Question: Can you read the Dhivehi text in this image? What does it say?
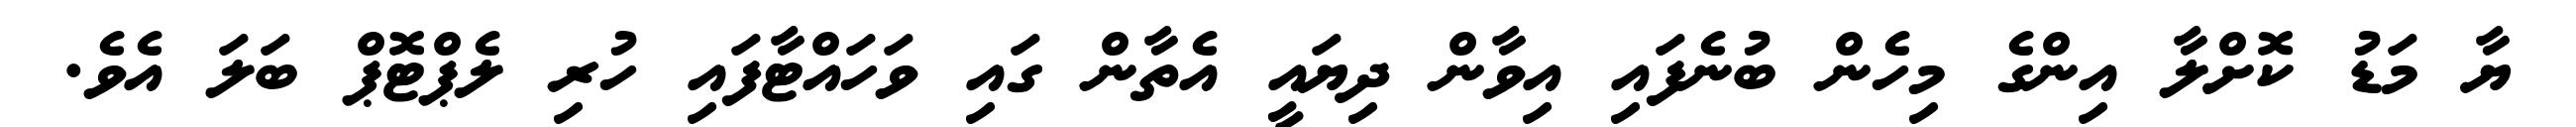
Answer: ޔާ މަޑު ކޮށްލާ އިންގެ މިހެން ބުނެފައި އިވާން ދިޔައީ އެތާން ގައި ވަހައްޓާފައި ހުރި ލެޕްޓޮޕް ބަލަ އެވެ.